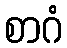
စာဂံ